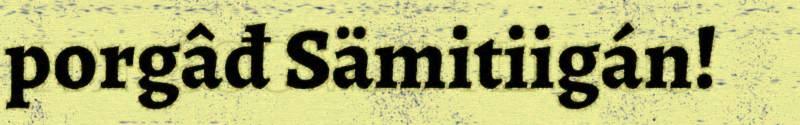
porgâđ Sämitiigán!